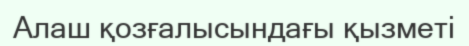
Алаш қозғалысындағы қызметі